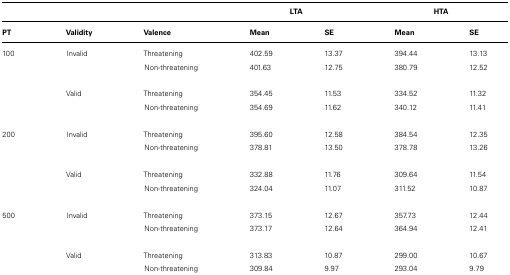
<table><thead><tr><td></td><td></td><td></td><td colspan="2"><b>LTA</b></td><td colspan="2"><b>HTA</b></td></tr><tr><td><b>PT</b></td><td><b>Validity</b></td><td><b>Valence</b></td><td><b>Mean</b></td><td><b>SE</b></td><td><b>Mean</b></td><td><b>SE</b></td></tr></thead><tbody><tr><td>100</td><td>Invalid</td><td>Threatening</td><td>402.59</td><td>13.37</td><td>394.44</td><td>13.13</td></tr><tr><td></td><td></td><td>Non-threatening</td><td>401.63</td><td>12.75</td><td>380.79</td><td>12.52</td></tr><tr><td></td><td>Valid</td><td>Threatening</td><td>354.45</td><td>11.53</td><td>334.52</td><td>11.32</td></tr><tr><td></td><td></td><td>Non-threatening</td><td>354.69</td><td>11.62</td><td>340.12</td><td>11.41</td></tr><tr><td>200</td><td>Invalid</td><td>Threatening</td><td>395.60</td><td>12.58</td><td>384.54</td><td>12.35</td></tr><tr><td></td><td></td><td>Non-threatening</td><td>378.81</td><td>13.50</td><td>378.78</td><td>13.26</td></tr><tr><td></td><td>Valid</td><td>Threatening</td><td>332.88</td><td>11.76</td><td>309.64</td><td>11.54</td></tr><tr><td></td><td></td><td>Non-threatening</td><td>324.04</td><td>11.07</td><td>311.52</td><td>10.87</td></tr><tr><td>500</td><td>Invalid</td><td>Threatening</td><td>373.15</td><td>12.67</td><td>357.73</td><td>12.44</td></tr><tr><td></td><td></td><td>Non-threatening</td><td>373.17</td><td>12.64</td><td>364.94</td><td>12.41</td></tr><tr><td></td><td>Valid</td><td>Threatening</td><td>313.83</td><td>10.87</td><td>299.00</td><td>10.67</td></tr><tr><td></td><td></td><td>Non-threatening</td><td>309.84</td><td>9.97</td><td>293.04</td><td>9.79</td></tr></tbody></table>